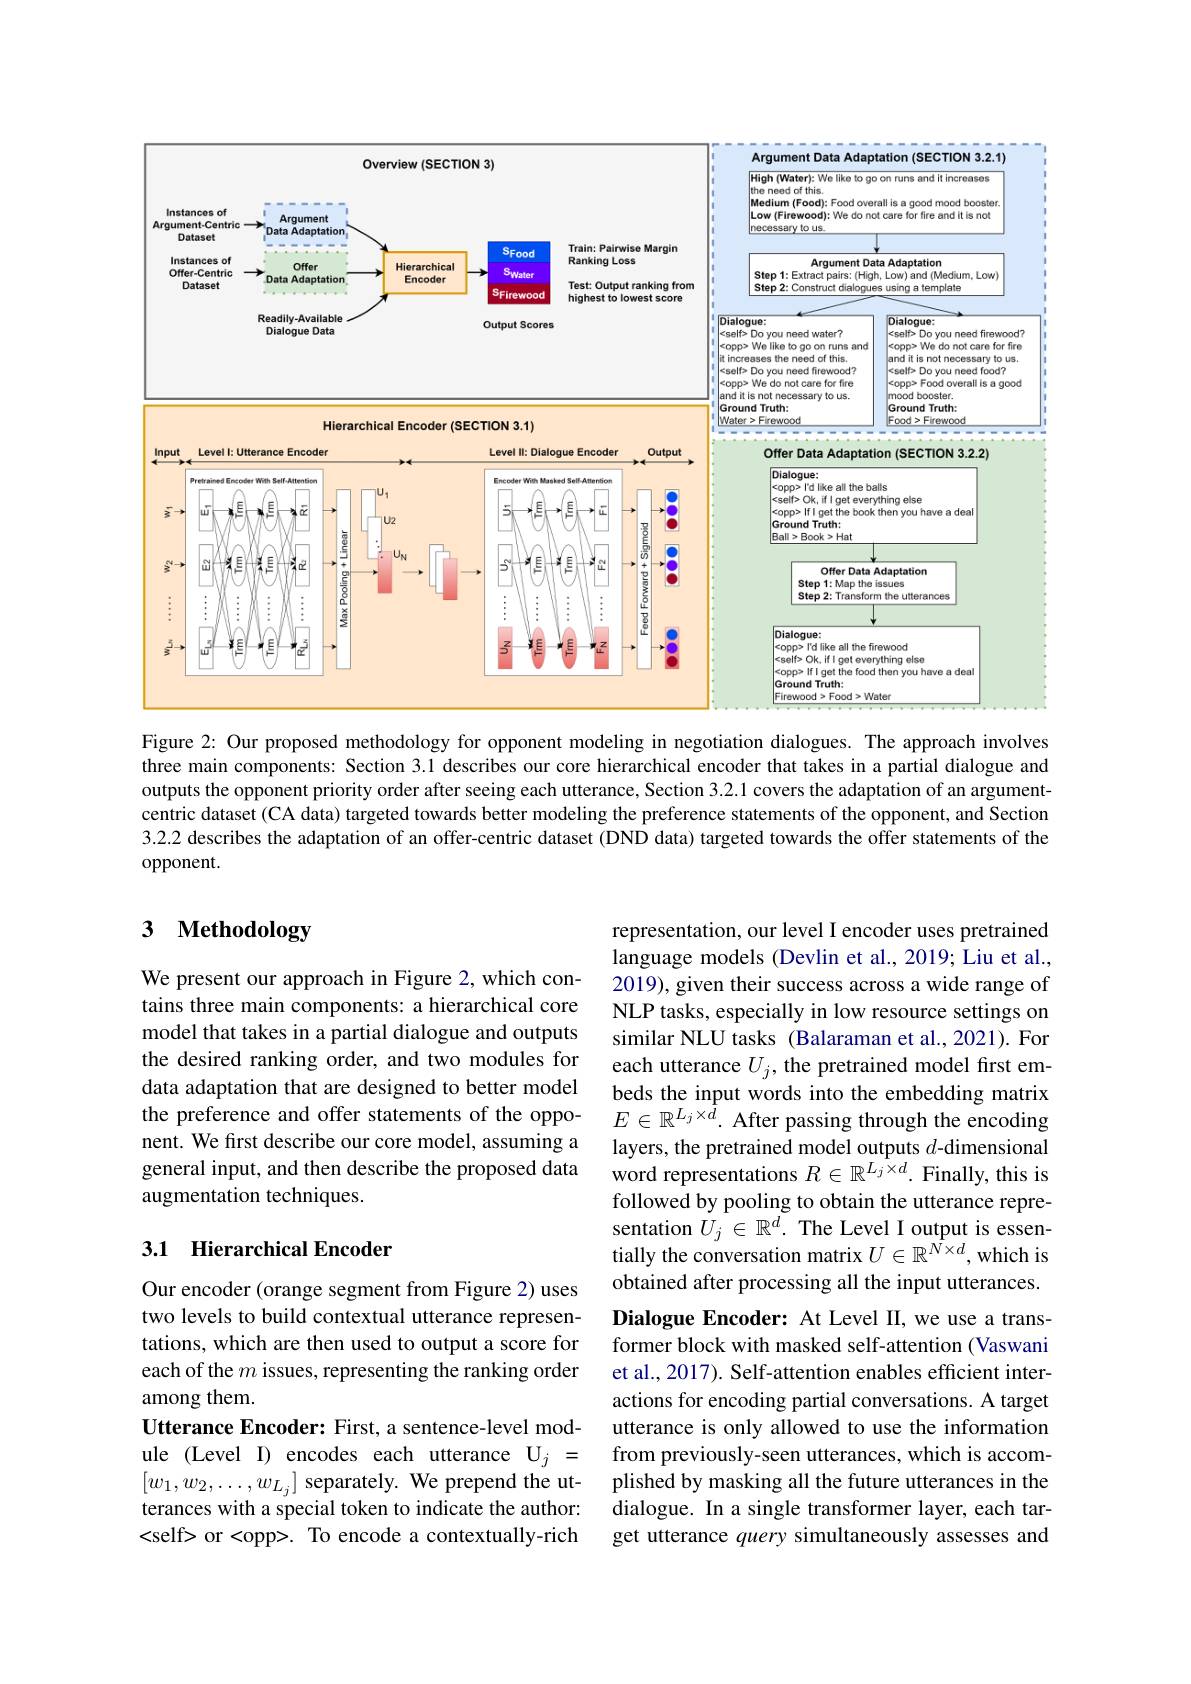
<FigureHere>

Figure 2: Our proposed methodology for opponent modeling in negotiation dialogues. The approach involves

three main components: Section 3.1 describes our core hierarchical encoder that takes in a partial dialogue and outputs the opponent priority order after seeing each utterance, Section 3.2.1 covers the adaptation of an argumentcentric dataset (CA data) targeted towards better modeling the preference statements of the opponent, and Section 3.2.2 describes the adaptation of an offer-centric dataset (DND data) targeted towards the offer statements of the opponent.

# 3 Methodology

We present our approach in Figure 2, which contains three main components: a hierarchical core model that takes in a partial dialogue and outputs the desired ranking order, and two modules for data adaptation that are designed to better model the preference and offer statements of the opponent. We first describe our core model, assuming a general input, and then describe the proposed data augmentation techniques.

representation, our level I encoder uses pretrained language models (Devlin et al., 2019; Liu et al., 2019), given their success across a wide range of NLP tasks, especially in low resource settings on similar NLU tasks (Balaraman et al., 2021). For each utterance $U_j$, the pretrained model first embeds the input words into the embedding matrix $E\in\mathbb{R}^{L_j\times\hat{d}}.$ After passing through the encoding layers, the pretrained model outputs $d$-dimensional word representations $R\in\mathbb{R}^{L_j\times d}.$ Finally, this is followed by pooling to obtain the utterance representation $\dot{U}_j\in\mathbb{R}^d.$ The Level I output is essentially the conversation matrix $U\in\mathbb{R}^{\hat{N\times d}}$,which is obtained after processing all the input utterances. Dialogue Encoder: At Level II, we use a transformer block with masked self-attention (Vaswani et al., 2017). Self-attention enables efficient interactions for encoding partial conversations. A target utterance is only allowed to use the information from previously-seen utterances, which is accomplished by masking all the future utterances in the dialogue. In a single transformer layer, each target utterance query simultaneously assesses and

## 3.1 Hierarchical Encoder

Our encoder (orange segment from Figure 2) uses two levels to build contextual utterance representations, which are then used to output a score for each of the $m$ issues, representing the ranking order among them.
Utterance Encoder: First, a sentence-level module (Level I) encodes each utterance $U_j=$ $[w_{1},w_{2},\ldots,w_{L_{j}}]$ separately. We prepend the utterances with a special token to indicate the author: <self> or <opp>. To encode a contextually-rich